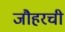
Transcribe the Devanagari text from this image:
जौहरची